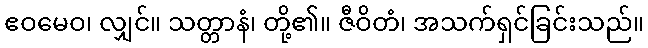
ဧဝမေဝ၊ လျှင်။ သတ္တာနံ၊ တို့၏။ ဇီဝိတံ၊ အသက်ရှင်ခြင်းသည်။